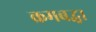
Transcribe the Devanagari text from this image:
क्रमबद्ध।